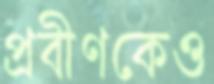
প্রবীণকেও